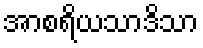
အာစရိယသာဒိသာ